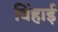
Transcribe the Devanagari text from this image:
बिंहाई